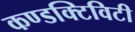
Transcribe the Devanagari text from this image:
कण्डक्टिविटी